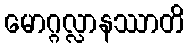
မောဂ္ဂလ္လာနဿာတိ